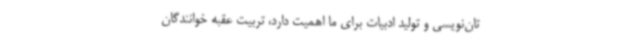
تان‌نویسی و تولید ادبیات برای ما اهمیت دارد، تربیت عقبه خوانندگان